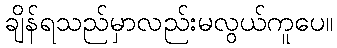
ချိန်ရသည်မှာလည်းမလွယ်ကူပေ။